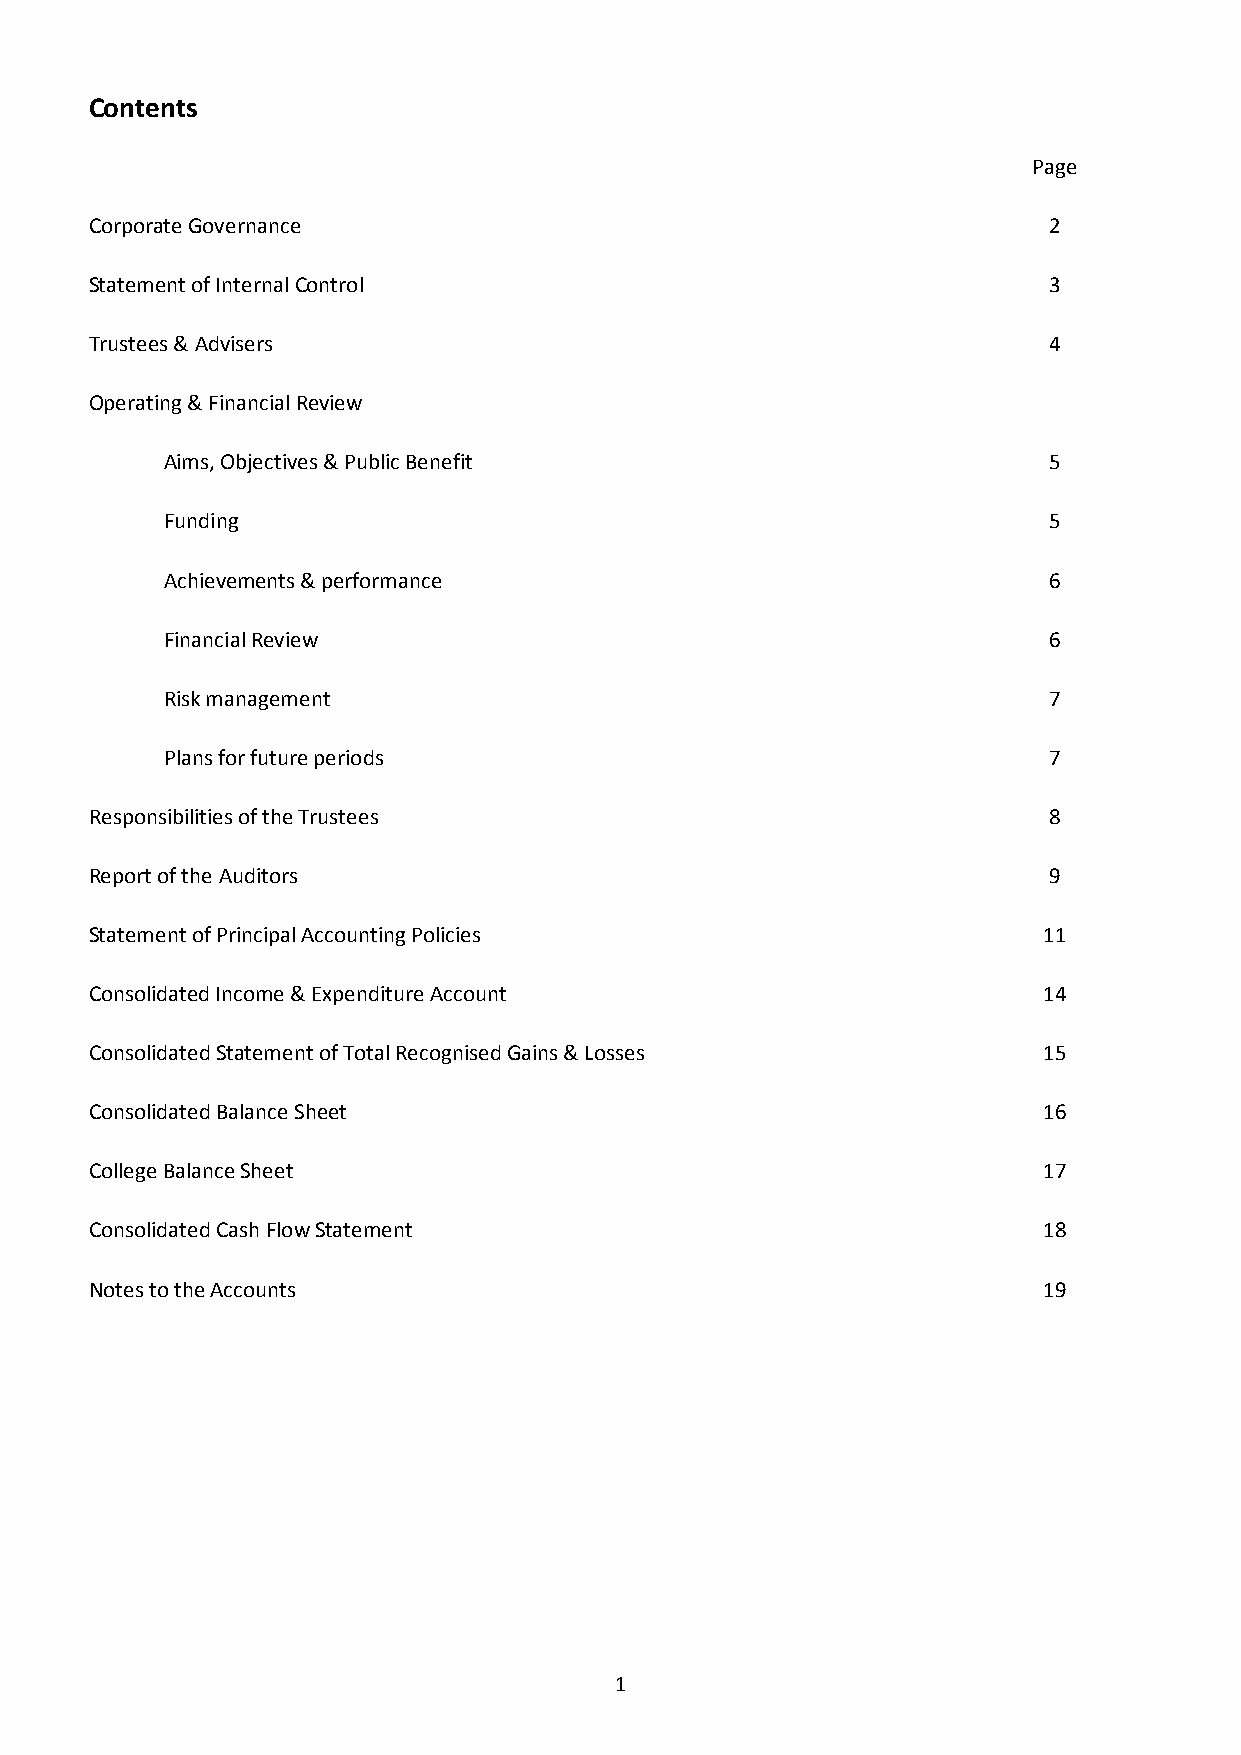
Contents
 Page
 Corporate Governance                                           2
 Statement of Internal Control                                  3
 Trustees & Advisers                                            4
 Operating & Financial Review
 Aims, Objectives & Public Benefit                         5
 Funding                                                   5
 Achievements & performance                                6
 Financial Review                                          6
 Risk management                                           7
 Plans for future periods                                  7
 Responsibilities of the Trustees                               8
 Report of the Auditors                                         9
 Statement of Principal Accounting Policies                     11
 Consolidated Income & Expenditure Account                      14
 Consolidated Statement of Total Recognised Gains & Losses      15
 Consolidated Balance Sheet                                     16
 College Balance Sheet                                          17
 Consolidated Cash Flow Statement                               18
 Notes to the Accounts                                          19
 1